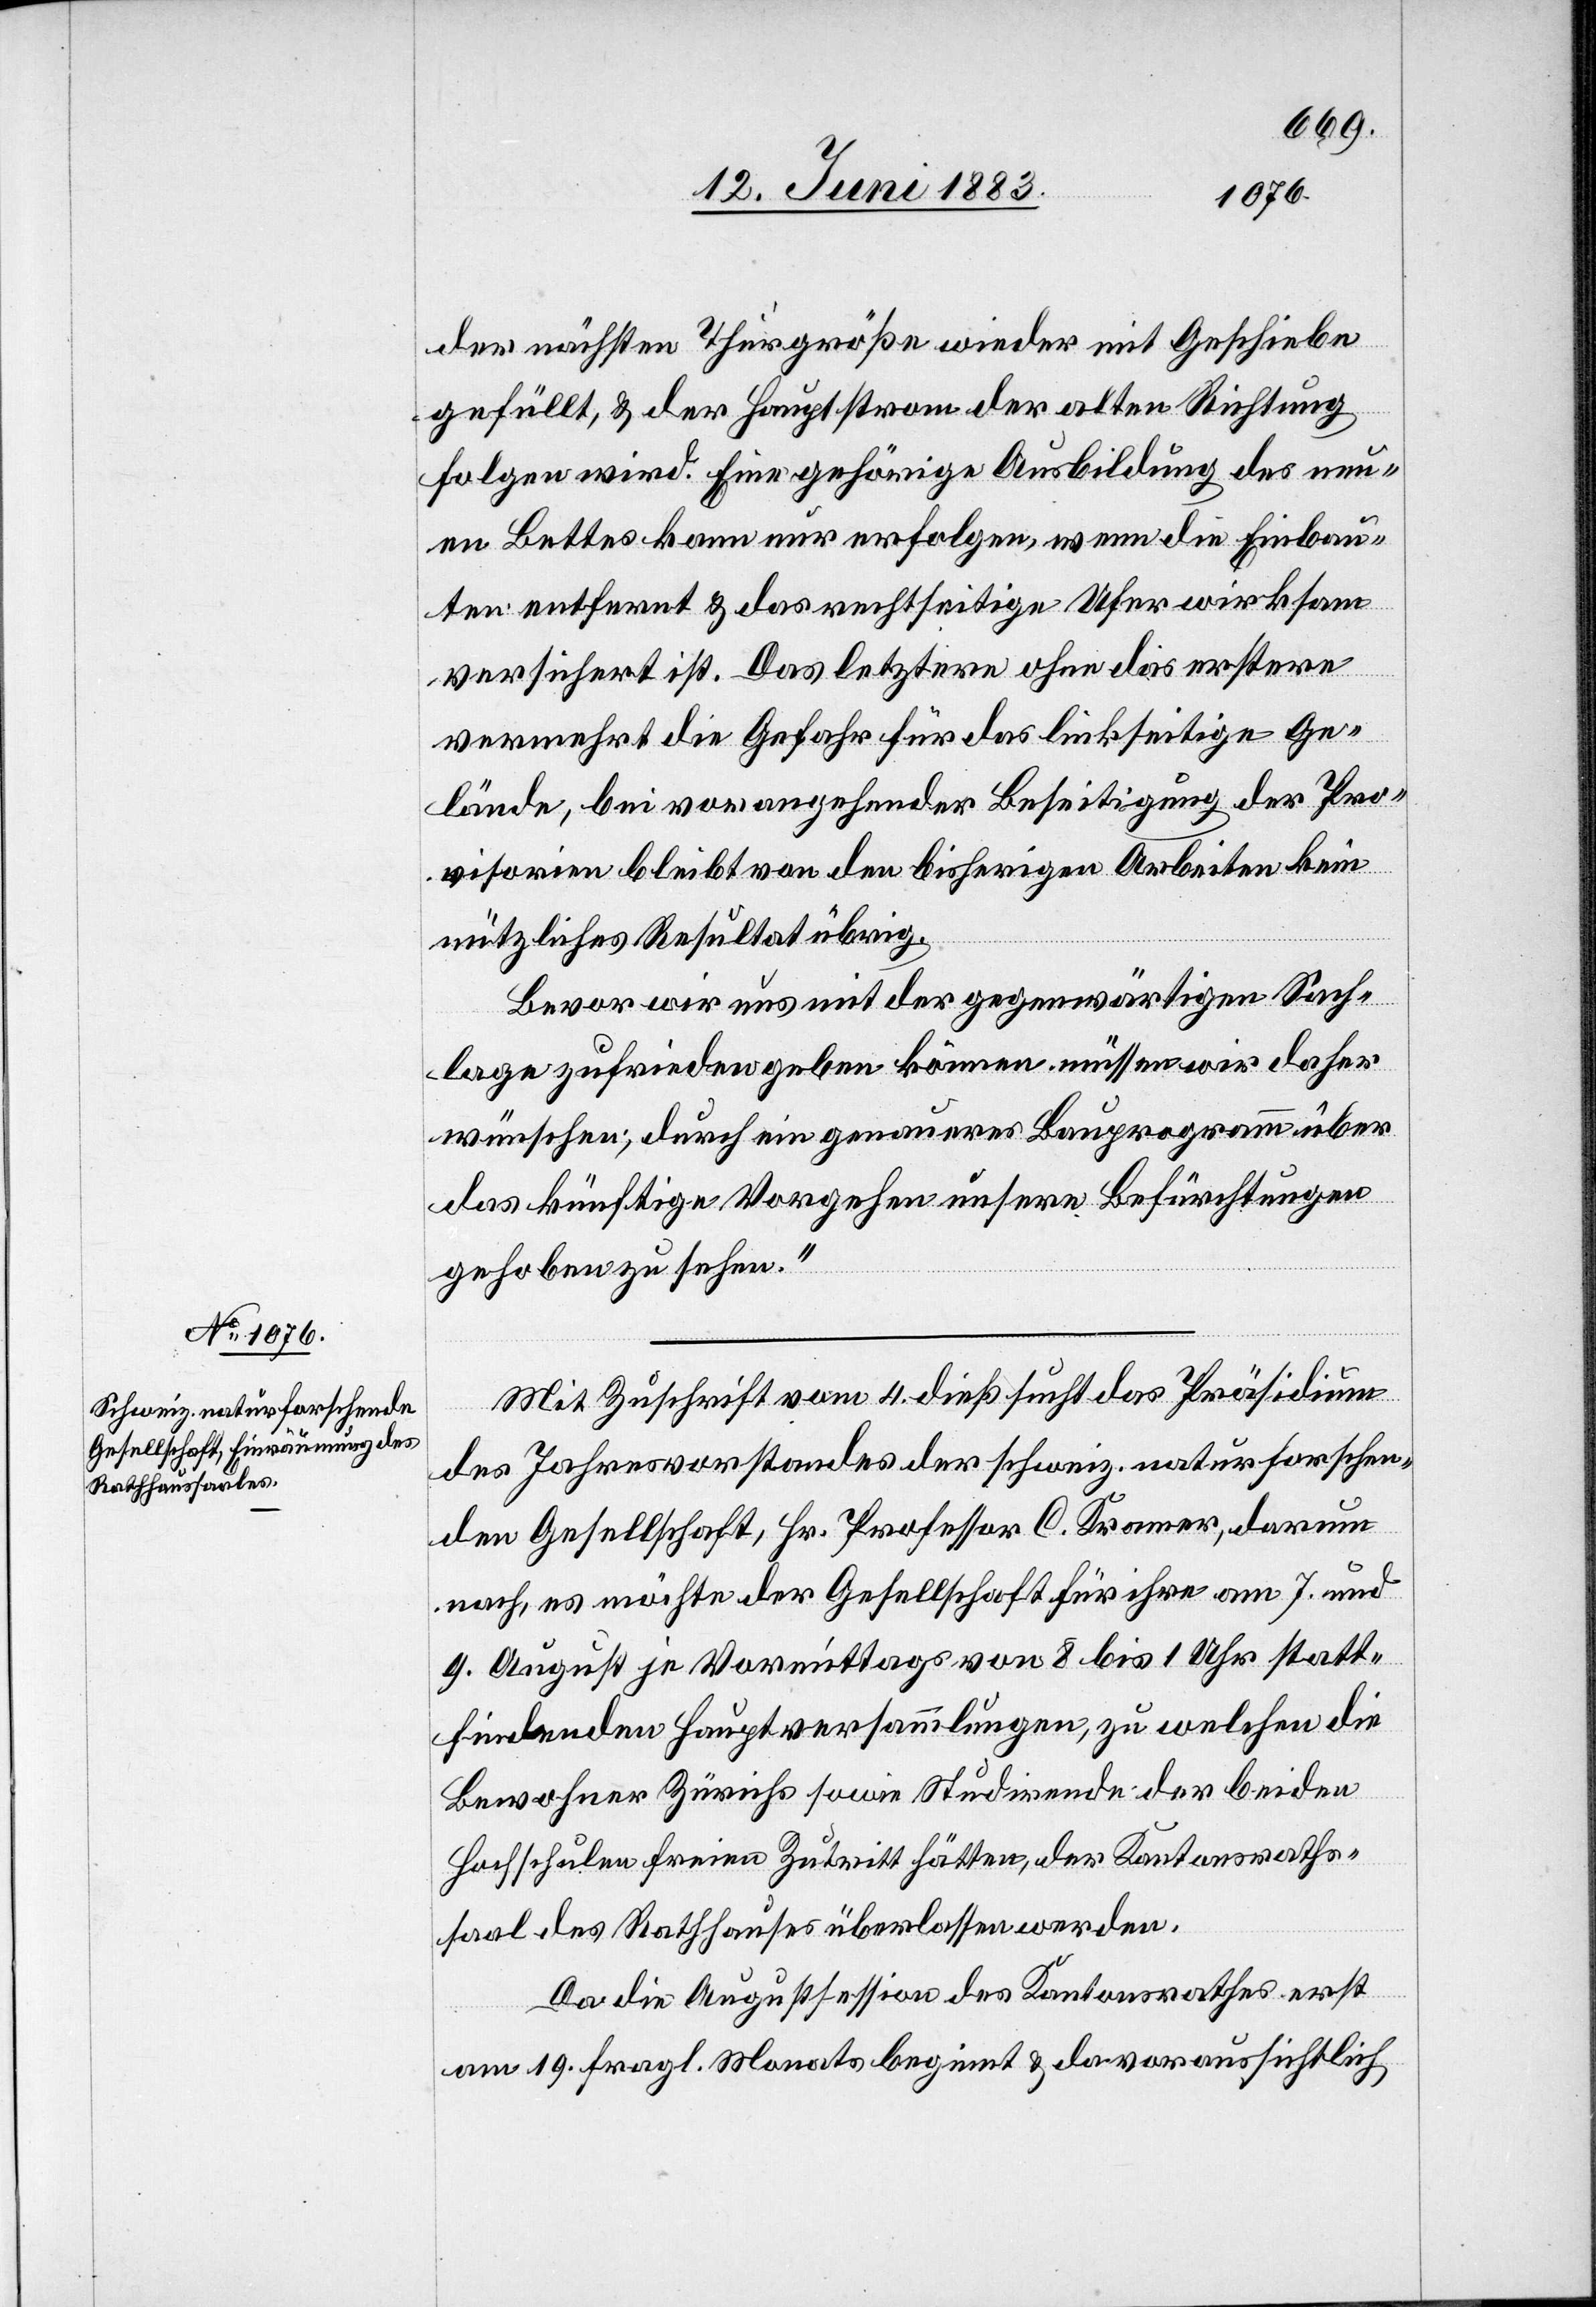
der nächsten Thurgröße wieder mit Geschiebe
gefüllt, & der Hauptstrom der alten Richtung
folgen wird. Eine gehörige Ausbildung des neu¬
en Bettes kann nur erfolgen, wenn die Einbau¬
ten entfernt & das rechtseitige Ufer wirksam
versichert ist. Das letztere ohne das erstere
vermehrt die Gefahr für das linkseitige Ge¬
lände, bei vorangehender Beseitigung der Pro¬
visorien bleibt von den bisherigen Arbeiten kein
nützliches Resultat übrig.
Bevor wir uns mit der gegenwärtigen Sach¬
lage zufrieden geben können müssen wir daher
wünschen; durch ein genaues Bauprogramm über
das künftige Vorgehen unsere Befürchtungen
gehoben zu sehen.“
Mit Zuschrift vom 4. dieß sucht das Präsidium
des Jahresvorstandes der schweiz. naturforschen¬
den Gesellschaft, Hr. Professor C. Kramer, darum
nach, es möchte der Gesellschaft für ihre am 7. und
9. August je Vormittags von 8 bis 1 Uhr statt¬
findenden Hauptversammlungen, zu welchen die
Bewohner Zürichs sowie Studirende der beiden
Hochschulen freien Zutritt hätten, der Kantonsraths¬
saal des Rathhauses überlassen werden.
Da die Augustsession des Kantonsrathes erst
am 19. fragl. Monats beginnt & da voraussichtlich